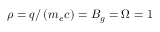
\rho = q / \left( m _ { e } c \right) = B _ { g } = \Omega = 1